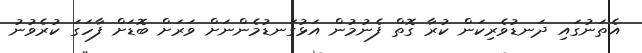
އެތަނުގައި ދަނޑުވެރިކަން ކުރާ ގޮތް ފެނުމުން އަޅުގަނޑުމެންނަށް ވަރަށް ބޮޑަށް ފާހަގަ ކުރެވުނު